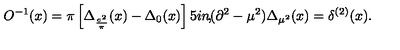
O ^ { - 1 } ( x ) = \pi \left[ \Delta _ { \frac { e ^ { 2 } } { \pi } } ( x ) - \Delta _ { 0 } ( x ) \right] \makebox [ . 5 i n ] { , } ( \partial ^ { 2 } - \mu ^ { 2 } ) \Delta _ { \mu ^ { 2 } } ( x ) = \delta ^ { ( 2 ) } ( x ) .